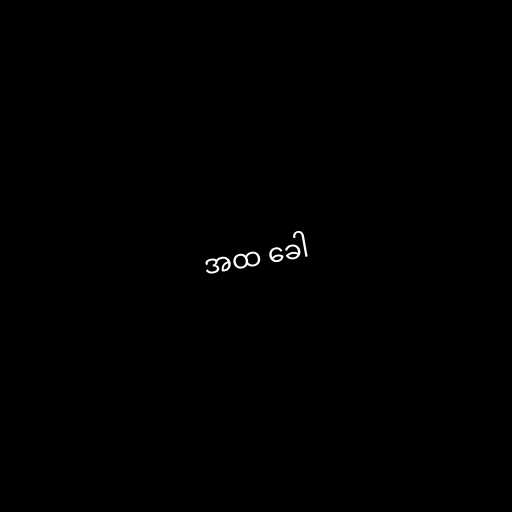
အထ ခေါ